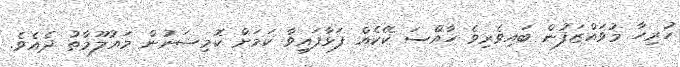
ހުރިހާ މުވައްޒަފުން ބައިވެރިވެ ހާއްސަ ކޭކެއް ފަޅާފައިވާ ކަމަށް ކޮމިޝަނުން މައުލޫމާތު ދެއެވެ.